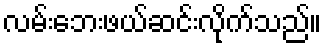
လမ်းဘေးဖယ်ဆင်းလိုက်သည်။